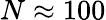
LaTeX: N\approx 100